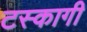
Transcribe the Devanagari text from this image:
टस्कागी